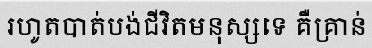
រហូតបាត់បង់ជីវិតមនុស្សទេ គឺគ្រាន់